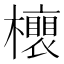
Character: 𣟎